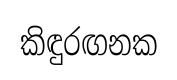
කිඳුරඟනක